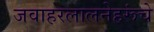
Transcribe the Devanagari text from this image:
जवाहरलालनेहरूंचे